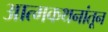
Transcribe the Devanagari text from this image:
आत्मकथनांतून